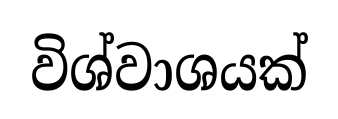
විශ්වාශයක්